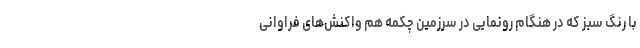
با رنگ سبز که در هنگام رونمایی در سرزمین چکمه هم واکنش‌های فراوانی